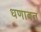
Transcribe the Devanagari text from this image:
धणावत